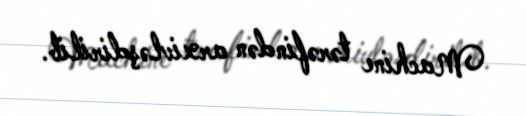
Machine tərəfindən arxivləşdirilib.